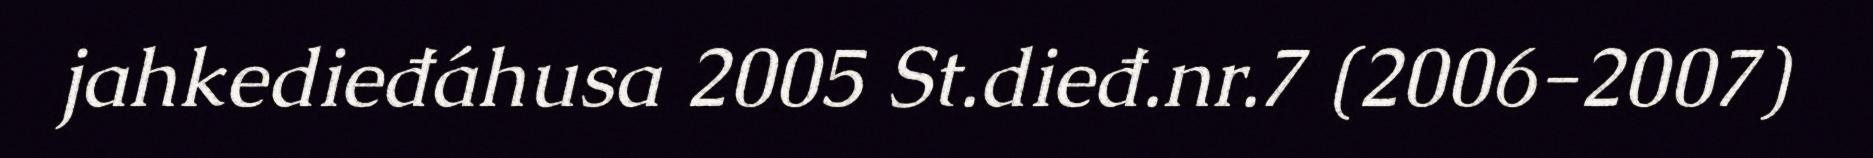
jahkedieđáhusa 2005 St.dieđ.nr.7 (2006-2007)